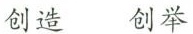
创造 创举